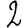
Digit: 2